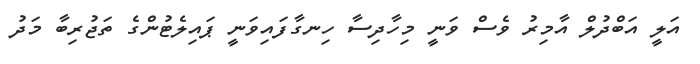
އަލީ އަބްދުލް އާމިރު ވެސް ވަނީ މިހާދިސާ ހިނގާފައިވަނީ ޕައިލެޓުންގެ ތަޖުރިބާ މަދު